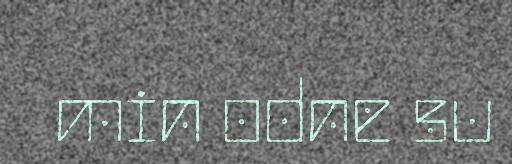
min odne su